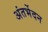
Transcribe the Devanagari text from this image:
अंतर्भेदन